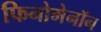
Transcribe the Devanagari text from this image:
फिनोमेनॉन